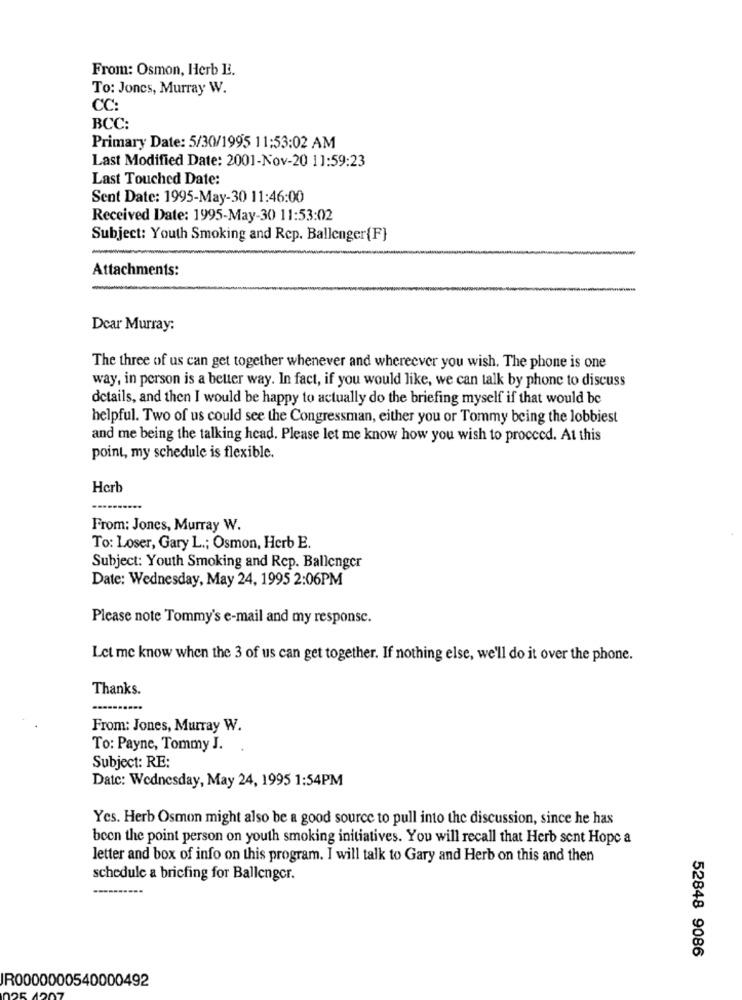
From: Osmon, Herb E.
To: Jones, Murray W.
CC:
BCC:
Primary Date: 5/30/1995 11:53:02 AM
Last Modified Date: 2001-Nov-20 11:59:23
Last Touched Date:
Sent Date: 1995-May-30 11:46:00
Received Date: 1995-May-30 11:53:02
Subject: Youth Smoking and Rep. Ballenger{F}
Attachments:
Dear Murray:
The three of us can get together whenever and whereever you wish. The phone is one
way, in person is a better way. In fact, if you would like, we can talk by phone to discuss
details, and then I would be happy to actually do the briefing myself if that would be
helpful. Two of us could see the Congressman, either you or Tommy being the lobbiest
and me being the talking head. Please let me know how you wish to proceed. At this
point, my schedule is flexible.
Herb
From: Jones, Murray W.
To: Loser, Gary L .; Osmon, Herb E.
Subject: Youth Smoking and Rep. Ballenger
Date: Wednesday, May 24, 1995 2:06PM
Please note Tommy's e-mail and my response.
Let me know when the 3 of us can get together. If nothing else, we'll do it over the phone.
Thanks.
From: Jones, Murray W.
To: Payne, Tommy J.
Subject: RE:
Date: Wednesday, May 24, 1995 1:54PM
Yes. Herb Osmon might also be a good source to pull into the discussion, since he has
been the point person on youth smoking initiatives. You will recall that Herb sent Hope a
letter and box of info on this program. I will talk to Gary and Herb on this and then
schedule a bricfing for Ballenger.
52848 9086
IR0000000540000492